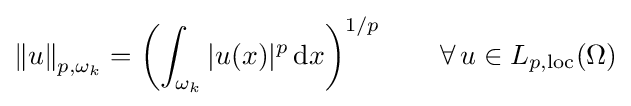
{\Vert u\Vert }_{p,\omega _{k}}=\left(\int _{\omega _{k}}|u(x)|^{p}\,\mathrm {d} x\right)^{1/p}\qquad \forall \,u\in L_{p,\mathrm {loc} }(\Omega )